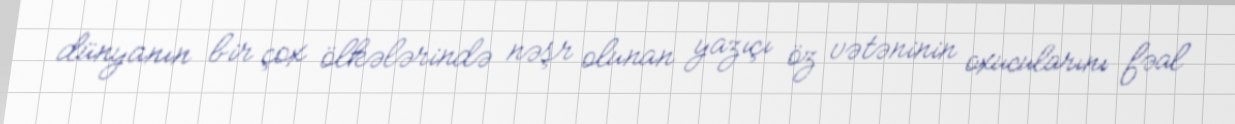
dünyanın bir çox ölkələrində nəşr olunan yazıçı öz vətəninin oxucularını fəal